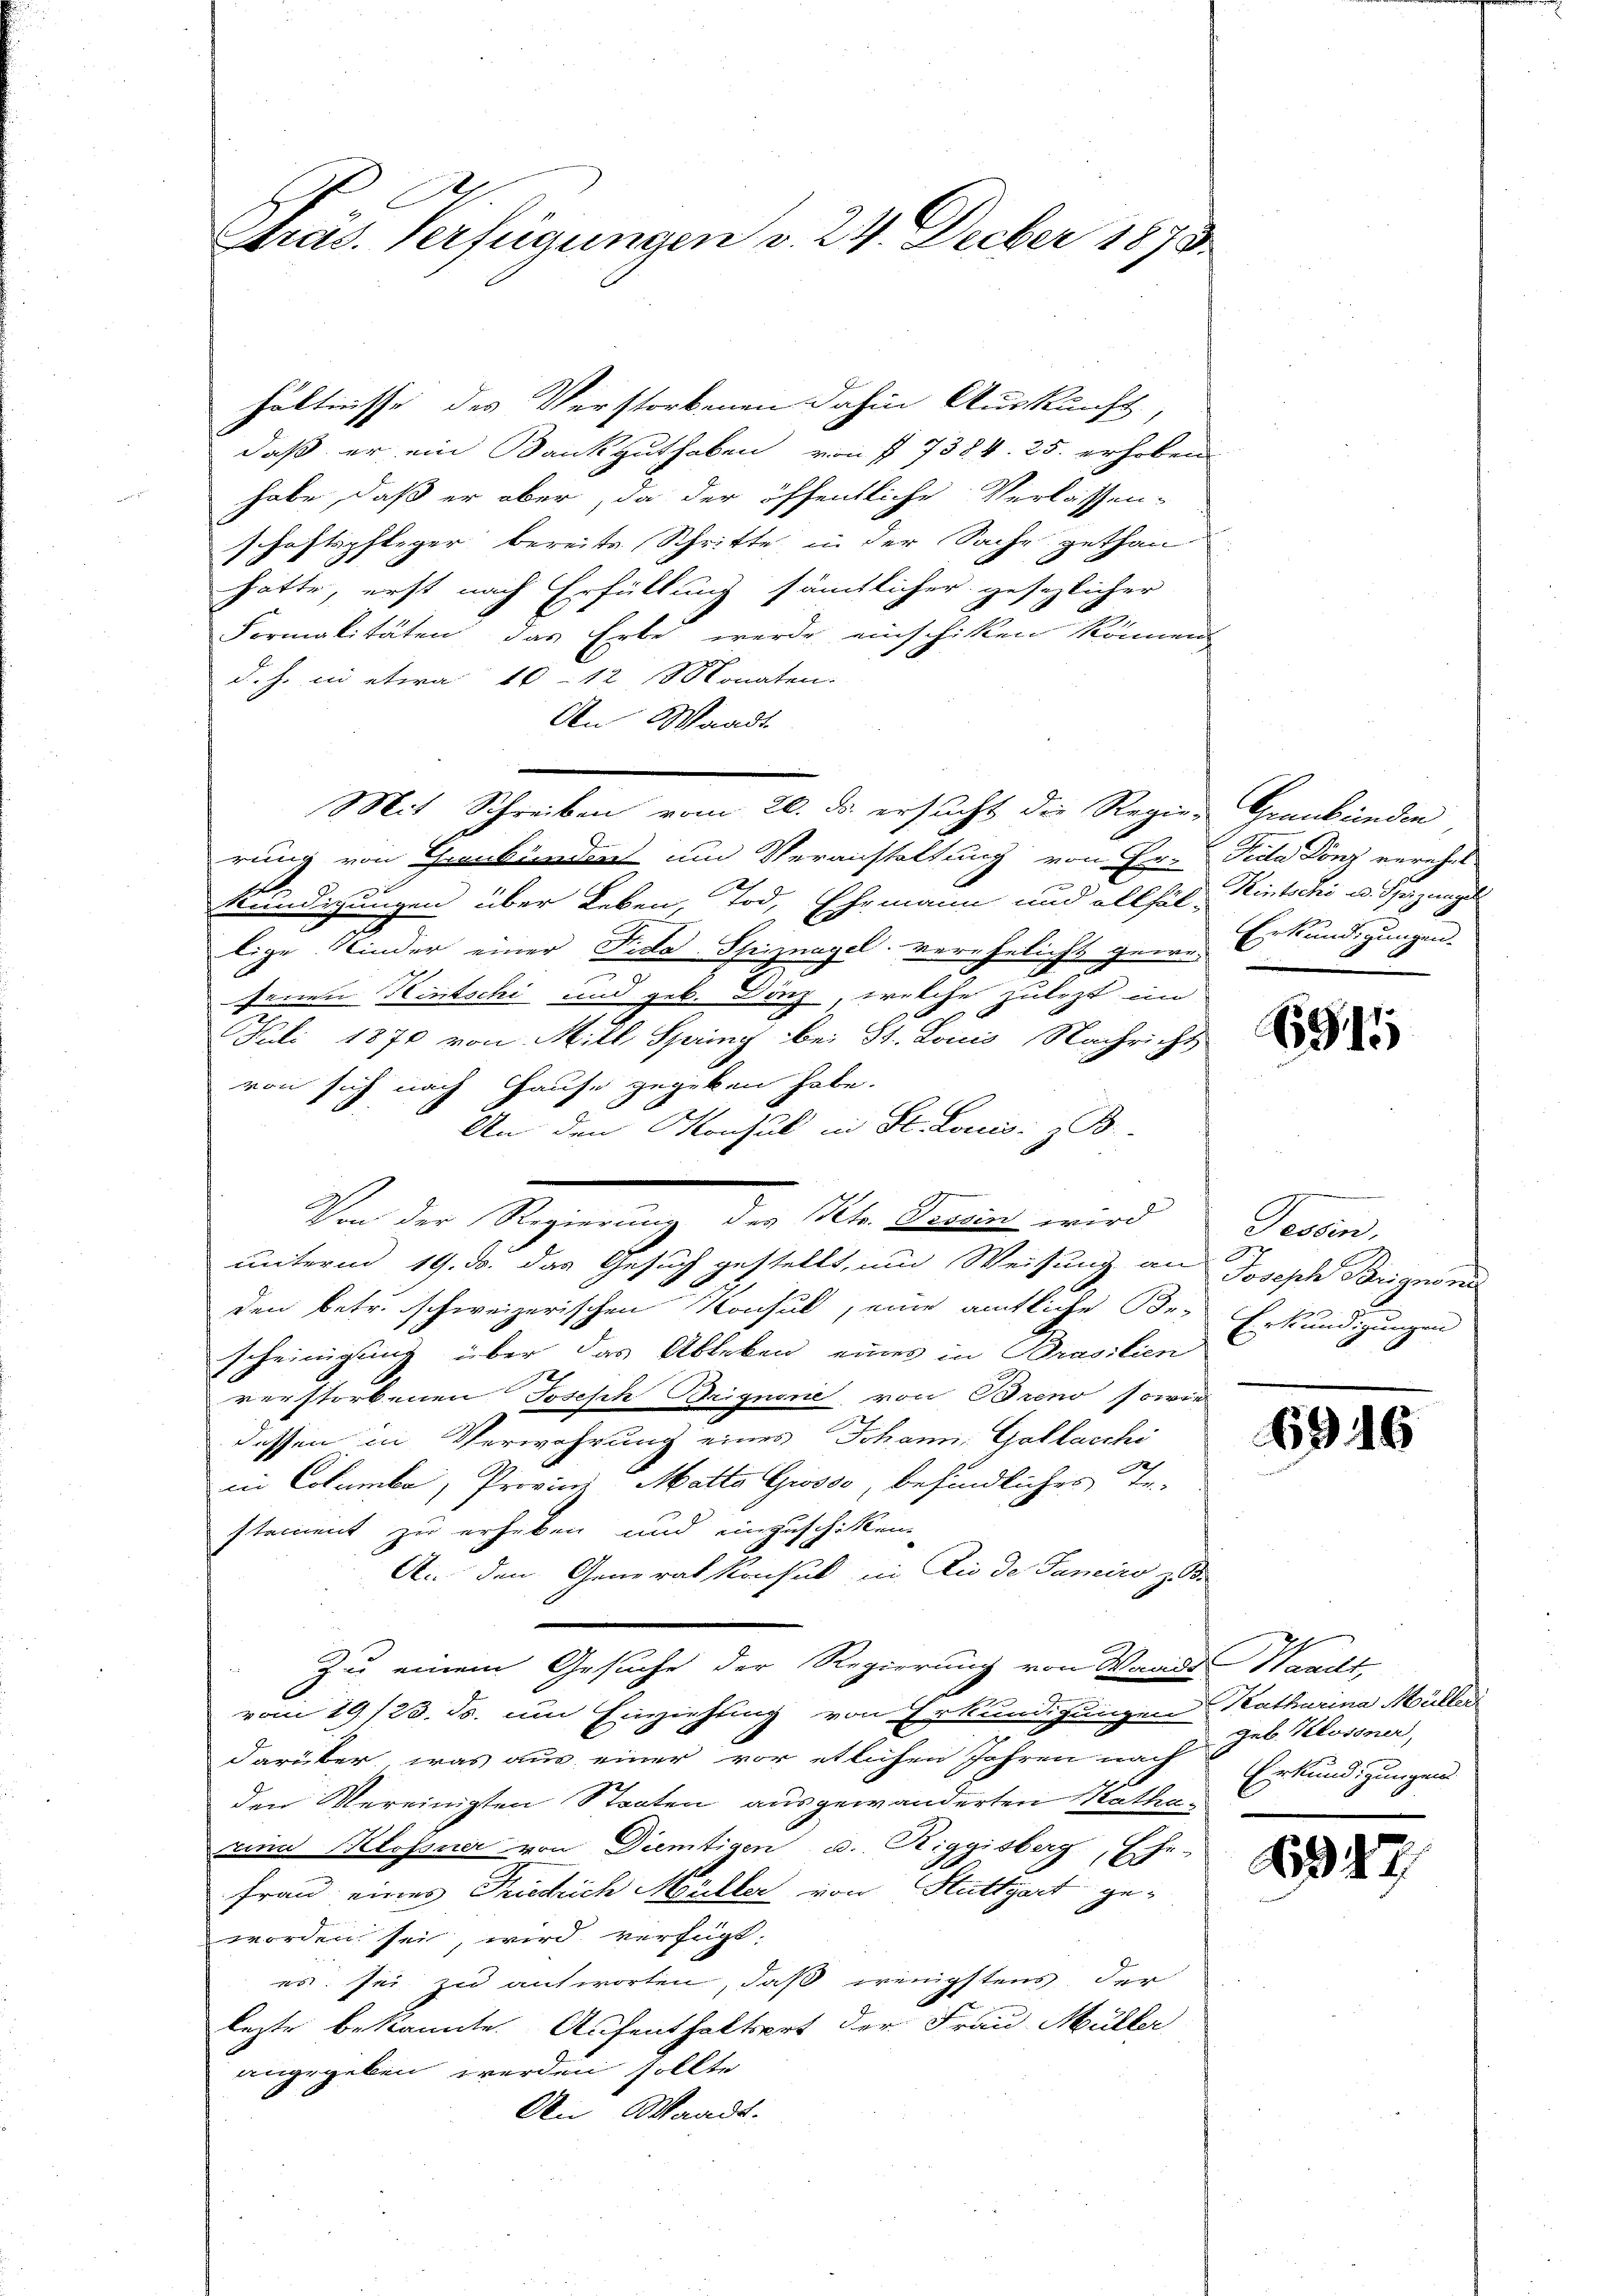
Phras. Verfügungen v. 24. Decber 1890.

hältnisse des Verstorbenen dahin Auskunft,
daß er ein Bankguthaben von § 7384. 25. erhoben
habe, daß er aber, da der öffentliche Verlassen-
schaftspfleger bereits Schritte in der Sache gethan
hätte, erst nach Erfüllung sämtlicher gesezlicher
Formalitäten das Erbe werde einschiken können
d. J. in etwa 10–12 Monaten.
An Waadt
Mit Schreiben vom 20. ds. ersucht die Regier-Graubünden
rung von Graubünden und Veranstaltung von Er-Petta Dönz verehel
2
Kundigungen über Leben, Tod, Ehemann und allhöl-Rintschi u. Spezingel
lige Kinder einer Fide-Spiznagel. verehelicht geweseinen Hintschi und geb. Dinz, welche zulezt en
Juli 1870 von Mill, Spring bei St. Loius Nachricht
von sich nach Hause gegeben habe.
An den Konsul in St. Louis z. B.
Von der Regierung des Kts. Verein wird Tessin,
unterm 19. d. das Gesuch gestellt, und Weisung an
2
den betr. schweizerischen Konsul, eine amtliche Be-Erkundigungen
scheinigung über das Ableben eines in Brasilien
verstorbenen Joseph Brignone, von Breno sowie
dessen in Verwahrung eines Johanni. Gallaschi
in Columba, Provinz Matta Grosso, befindliches Te-
stement zu erheben und einzuschiken.
A. den Generalkonsul in die de Sanciro z.B.
Zu einem Gesuche der Regierung von Waadt, Waadt
3
e
vom 19/23. ds. um Einziehung von Erkundigungen
darüber, was aus einer vor etlichen Jahren nach Erkundigungen
den Vereinigten Staaten ausgewanderten Mathaan Klossner von Dientigen u. Riggisberg, Ehe-
Frau eines Friedrich Moreller von Stuttgart geworden sei, wird verfügt.
es sei zu antworten, daß wenigstens der
lezte bekannte Aufenthaltert der Frau Müller
angegeben werden sollte,
An Waadt.

Erkundigungen.

6915

Joseph Parignone

6916

Katharina Müller
Geb. Klossner,

347